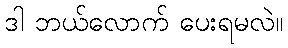
ဒါ ဘယ်လောက် ပေးရမလဲ။